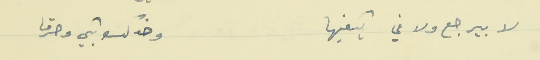
لا بيرجع ولا في يكفيها                         وخدك بكي وحرقا